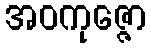
အဝကုဇ္ဇော